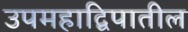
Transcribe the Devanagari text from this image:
उपमहाद्विपातील